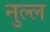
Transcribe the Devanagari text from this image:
नुल्ल